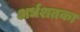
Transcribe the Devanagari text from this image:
अर्धशतका